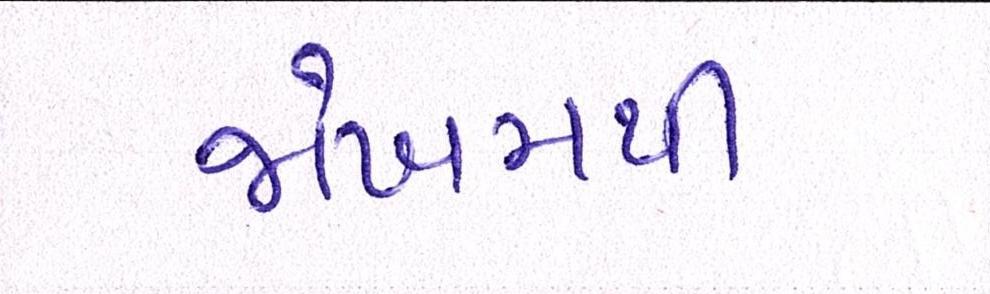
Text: જોખમથી